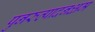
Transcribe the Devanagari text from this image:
पुनरुत्पादनक्षम